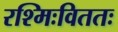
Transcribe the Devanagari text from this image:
रश्मिःविततः